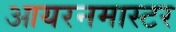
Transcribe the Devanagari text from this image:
आयरनमास्टर